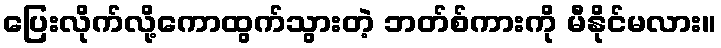
ပြေးလိုက်လို့ကောထွက်သွားတဲ့ ဘတ်စ်ကားကို မီနိုင်မလား။